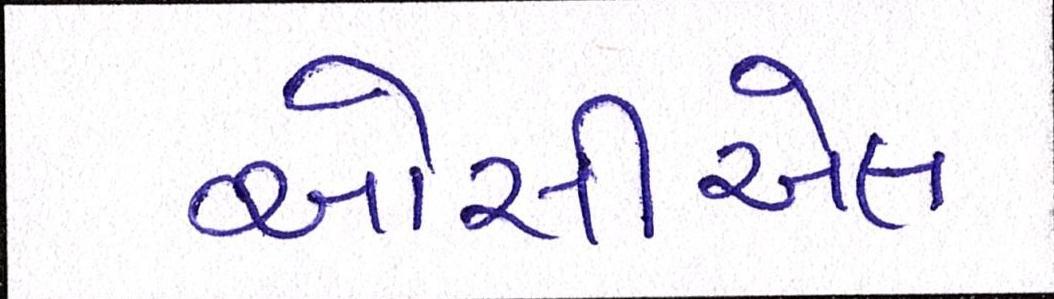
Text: ઓસીએલ